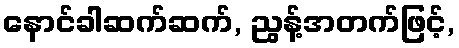
နောင်ခါဆက်ဆက်, ညွန့်အတက်ဖြင့်,